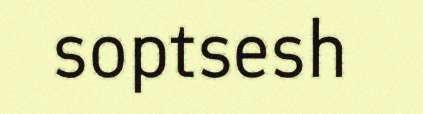
soptsesh